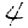
Digit: 4